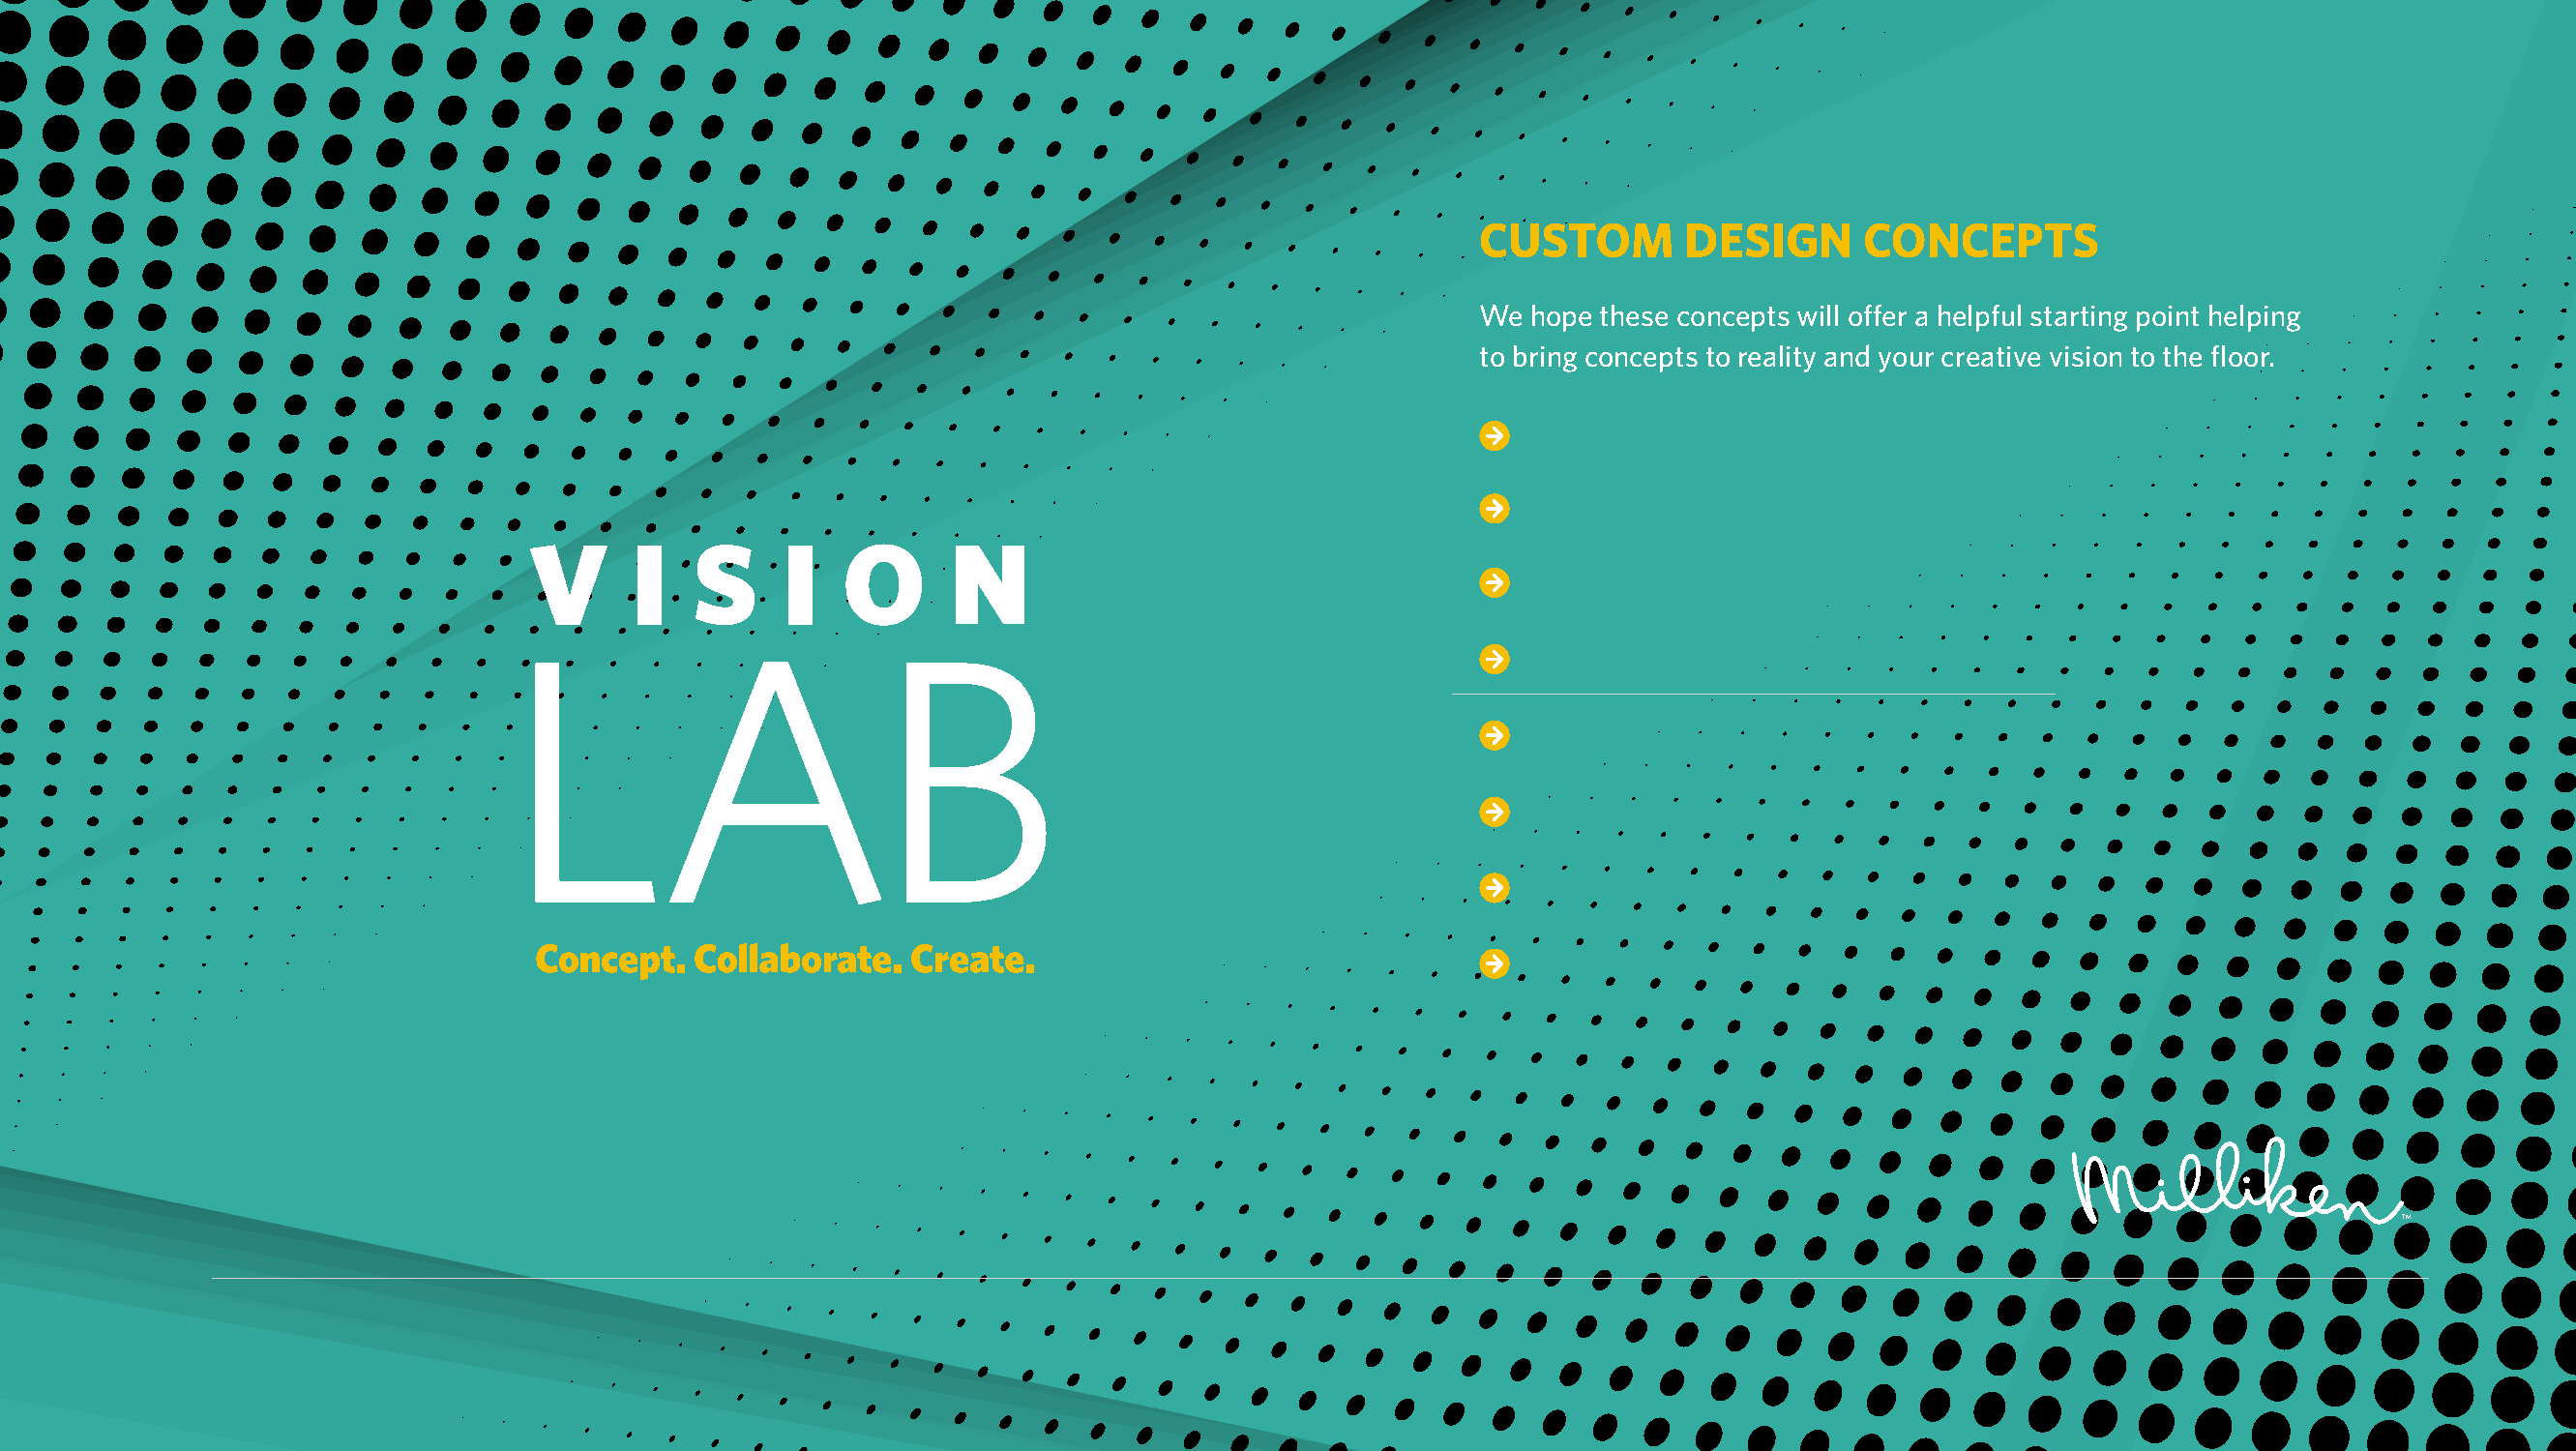
CUSTOM        DESIGN      CONCEPTS
 We  hope these concepts will offer a helpful starting point helping
 to bring concepts to reality and your creative vision to the floor.